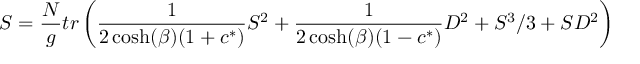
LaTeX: S = { \frac { N } { g } } t r \left( { \frac { 1 } { 2 \cosh ( \beta ) ( 1 + c ^ { * } ) } } S ^ { 2 } + { \frac { 1 } { 2 \cosh ( \beta ) ( 1 - c ^ { * } ) } } D ^ { 2 } + S ^ { 3 } / 3 + S D ^ { 2 } \right)